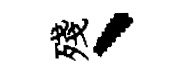
殘、